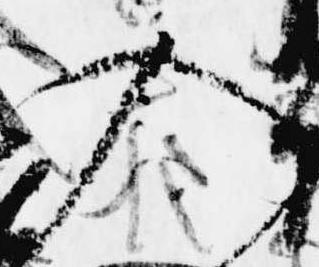
入